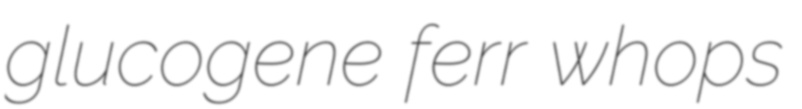
glucogene ferr whops